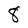
Character: 8